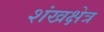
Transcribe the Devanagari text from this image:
शंखक्षेत्र